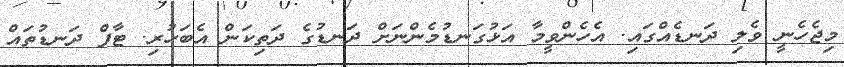
މިޖެހެނީ ވެލި ދަނޑެއްގައި. އެހެންވީމާ އަޅުގަނޑުމެންނަށް ދަނޑުގެ ދަތިކަން އެބަހުރި. ޓާފް ދަނޑުތައް